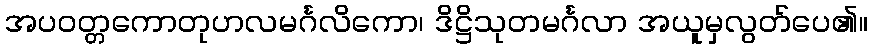
အပဝတ္တကောတုဟလမင်္ဂလိကော၊ ဒိဋ္ဌိသုတမင်္ဂလာ အယူမှလွတ်ပေ၏။